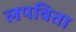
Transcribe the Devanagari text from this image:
लपविता